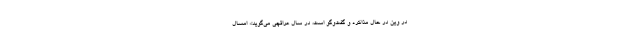
در وین در حال مذاکره و گفت‌وگو است، در سال عراقچی می‌گوید:« امسال